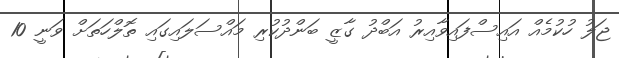
ޖަލު ހުކުމެއް އައިސްފައިވާއިރު އަބްދު ގާޒީ ބަންދުކުރި މައްސަލައިގައި ތޮލްހަތަށް ވަނީ 10